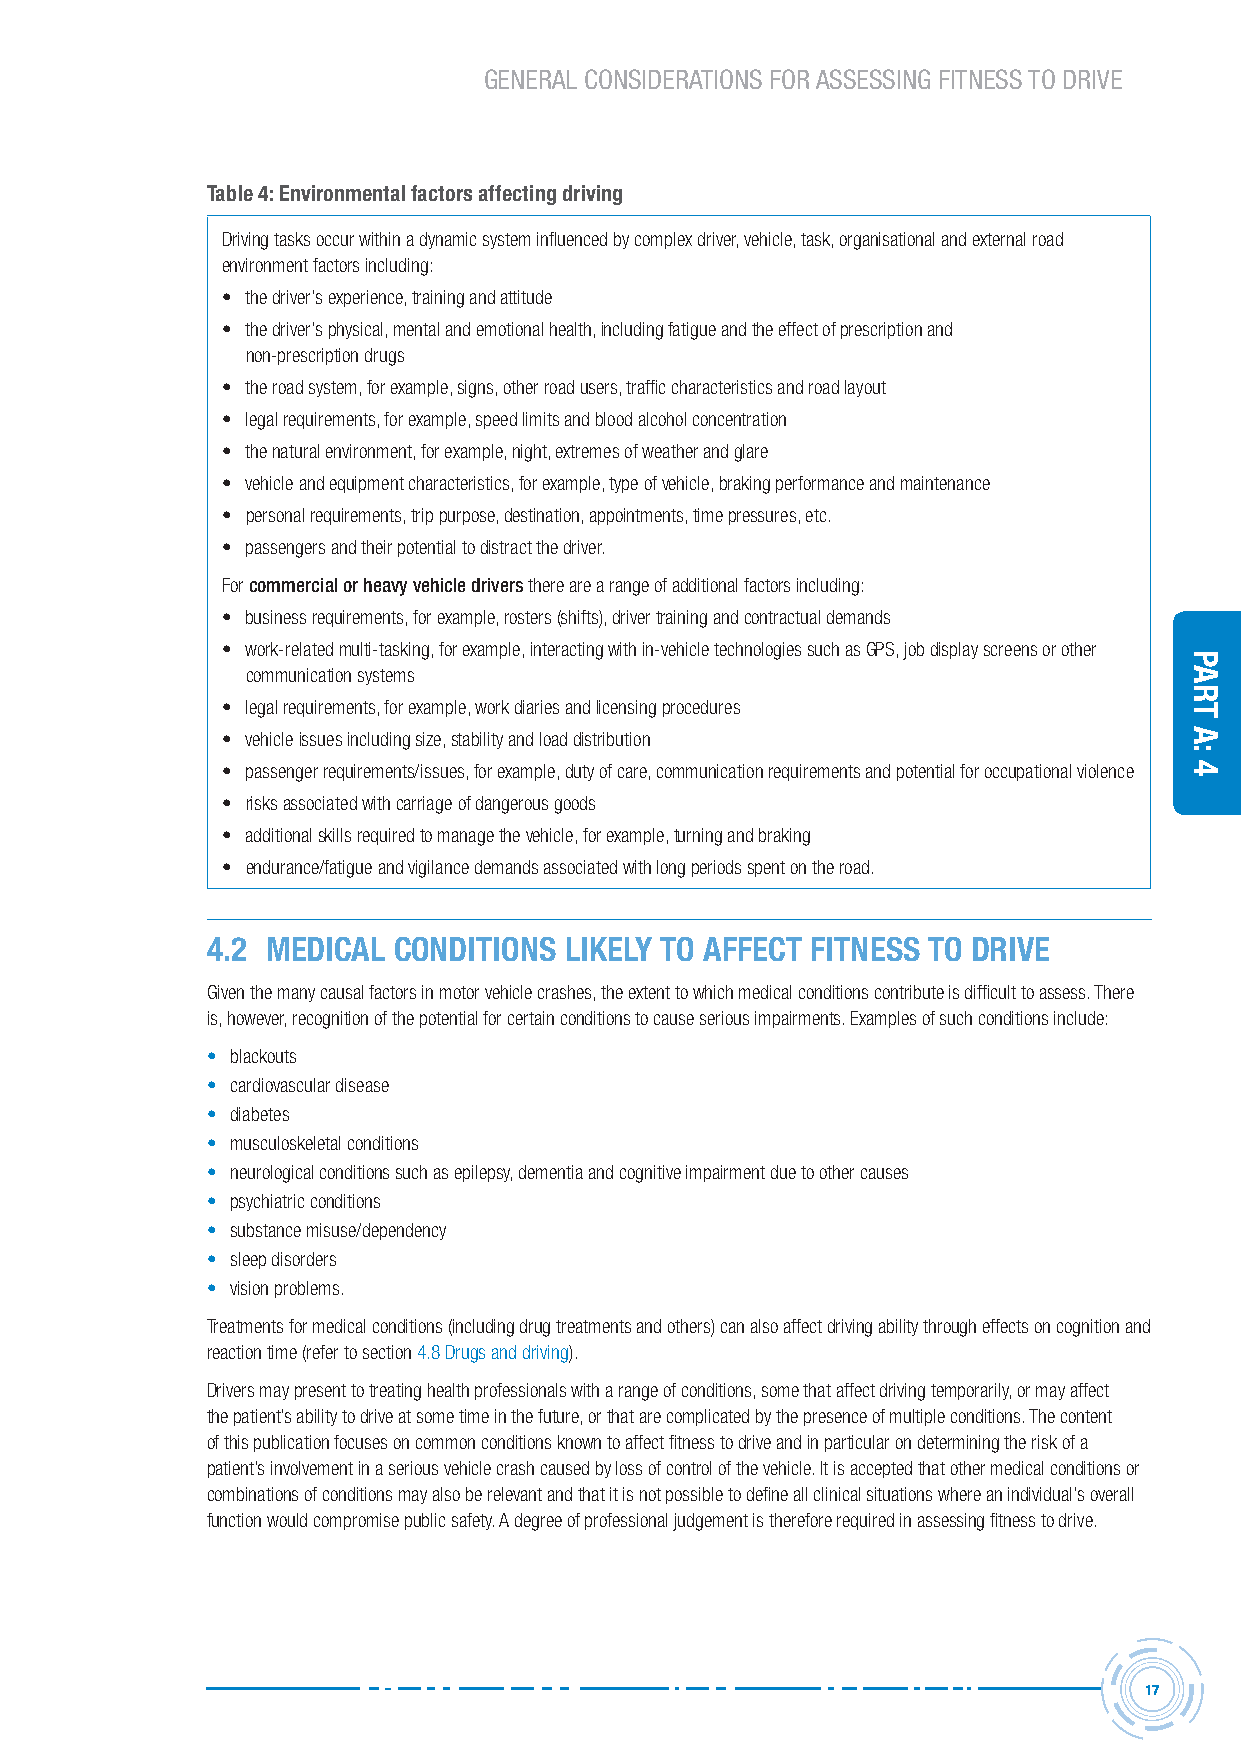
GENERAL CONSIDERATIONS FOR ASSESSING FITNESS TO DRIVE
 Table 4: Environmental factors affecting driving
 Driving tasks occur within a dynamic system influenced by complex driver, vehicle, task, organisational and external road
 environment factors including:
 • the driver’s experience, training and attitude
 • the driver’s physical, mental and emotional health, including fatigue and the effect of prescription and
 non-prescription drugs
 • the road system, for example, signs, other road users, traffic characteristics and road layout
 • legal requirements, for example, speed limits and blood alcohol concentration
 • the natural environment, for example, night, extremes of weather and glare
 • vehicle and equipment characteristics, for example, type of vehicle, braking performance and maintenance
 • personal requirements, trip purpose, destination, appointments, time pressures, etc.
 • passengers and their potential to distract the driver.
 For commercial or heavy vehicle drivers there are a range of additional factors including:
 • business requirements, for example, rosters (shifts), driver training and contractual demands
 • work-related multi-tasking, for example, interacting with in-vehicle technologies such as GPS, job display screens or other
 communication systems
 • legal requirements, for example, work diaries and licensing procedures
 • vehicle issues including size, stability and load distribution
 • passenger requirements/issues, for example, duty of care, communication requirements and potential for occupational violence
 • risks associated with carriage of dangerous goods
 • additional skills required to manage the vehicle, for example, turning and braking
 • endurance/fatigue and vigilance demands associated with long periods spent on the road.
 4.2 MEDICAL CONDITIONS LIKELy TO AFFECT FITNESS TO DRIVE
 Given the many causal factors in motor vehicle crashes, the extent to which medical conditions contribute is difficult to assess. There
 is, however, recognition of the potential for certain conditions to cause serious impairments. Examples of such conditions include:
 • blackouts
 • cardiovascular disease
 • diabetes
 • musculoskeletal conditions
 • neurological conditions such as epilepsy, dementia and cognitive impairment due to other causes
 • psychiatric conditions
 • substance misuse/dependency
 • sleep disorders
 • vision problems.
 Treatments for medical conditions (including drug treatments and others) can also affect driving ability through effects on cognition and
 reaction time (refer to section 4.8 Drugs and driving).
 Drivers may present to treating health professionals with a range of conditions, some that affect driving temporarily, or may affect
 the patient’s ability to drive at some time in the future, or that are complicated by the presence of multiple conditions. The content
 of this publication focuses on common conditions known to affect fitness to drive and in particular on determining the risk of a
 patient’s involvement in a serious vehicle crash caused by loss of control of the vehicle. It is accepted that other medical conditions or
 combinations of conditions may also be relevant and that it is not possible to define all clinical situations where an individual’s overall
 function would compromise public safety. A degree of professional judgement is therefore required in assessing fitness to drive.
 17
 Part
 a:
 4